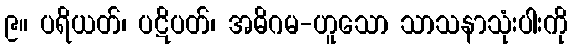
၉။ ပရိယတ်၊ ပဋိပတ်၊ အဓိဂမ-ဟူသော သာသနာသုံးပါးကို